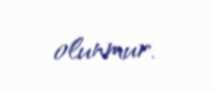
olunmur.